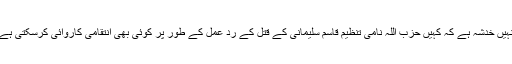
انہیں خدشہ ہے کہ کہیں حزب اللہ نامی تنظیم قاسم سلیمانی کے قتل کے رد عمل کے طور پر کوئی بھی انتقامی کاروائی کرسکتی ہے۔